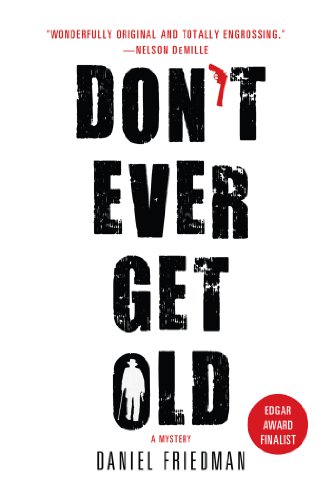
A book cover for Don't Ever Get Old (Buck Schatz Series); Daniel Friedman; Literature & Fiction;